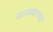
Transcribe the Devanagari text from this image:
सारस्वताच्या